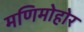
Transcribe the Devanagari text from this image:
मणिमोहोर